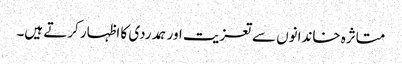
متاثرہ خاندانوں سےتعزیت اور ہمدردی کا اظہار کرتے ہیں۔